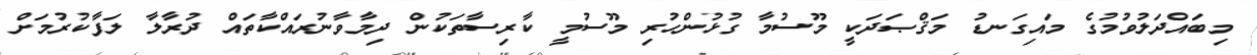
މިބައްދަލުވުމުގެ މައިގަނޑު މަޤްޞަދަކީ މޫސުމާ ގުޅުންހުރި މޫސުމީ ކާރިސާތަކުން ދިމާވާނުރައްކާތައް ދުރާލާ ލަފާކުރުމަށް